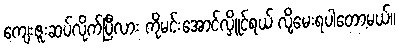
ကျေးဇူးဆပ်လိုက်ပြီလား ကိုမင်းအောင်လှိူင်ရယ် လို့မေးရပါတော့မယ်။